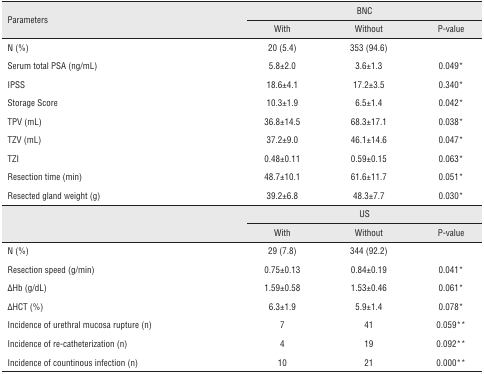
| <ROWSPAN=2> Parameters | <COLSPAN=3> BNC |
 | With | Without | P-value |
 | --- | --- | --- | --- |
 | N (%) | 20 (5.4) | 353 (94.6) |  |
 | Serum total PSA (ng/mL) | 5.8±2.0 | 3.6±1.3 | 0.049* |
 | IPSS | 18.6±4.1 | 17.2±3.5 | 0.340* |
 | Storage Score | 10.3±1.9 | 6.5±1.4 | 0.042* |
 | TPV (mL) | 36.8±14.5 | 68.3±17.1 | 0.038* |
 | TZV (mL) | 37.2±9.0 | 46.1±14.6 | 0.047* |
 | TZI | 0.48±0.11 | 0.59±0.15 | 0.063* |
 | Resection time (min) | 48.7±10.1 | 61.6±11.7 | 0.051* |
 | Resected gland weight (g) | 39.2±6.8 | 48.3±7.7 | 0.030* |
 |  | <COLSPAN=3> US |
 |  | With | Without | P-value |
 | N (%) | 29 (7.8) | 344 (92.2) |  |
 | Resection speed (g/min) | 0.75±0.13 | 0.84±0.19 | 0.041* |
 | ΔHb (g/dL) | 1.59±0.58 | 1.53±0.46 | 0.061* |
 | ΔHCT (%) | 6.3±1.9 | 5.9±1.4 | 0.078* |
 | Incidence of urethral mucosa rupture (n) | 7 | 41 | 0.059** |
 | Incidence of re-catheterization (n) | 4 | 19 | 0.092** |
 | Incidence of countinous infection (n) | 10 | 21 | 0.000** |